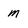
Character: M